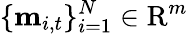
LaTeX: \{ \mathbf{m}_{i,t}\} _{i=1}^{N}\in\mathrm{R}^{m}